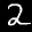
Label: 2